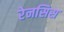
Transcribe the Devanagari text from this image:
रेनसिस